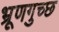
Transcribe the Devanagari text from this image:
भ्रूणगुच्छ